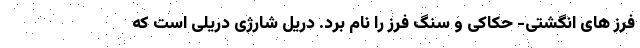
فرز های انگشتی- حکاکی و سنگ فرز را نام برد. دریل شارژی دریلی است که